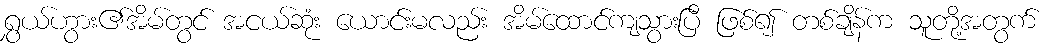
ရွှယ်ဟွား၏အိမ်တွင် အငယ်ဆုံး ယောင်းမလည်း အိမ်ထောင်ကျသွားပြီ ဖြစ်၍ တစ်ချိန်က သူတို့အတွက်